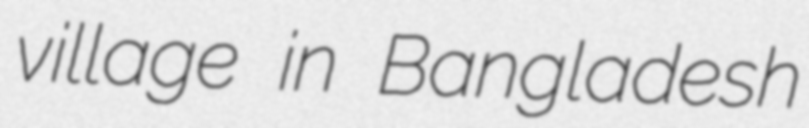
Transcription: village in Bangladesh